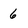
Character: 6